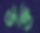
ভক্ত